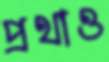
প্রথাও